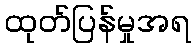
ထုတ်ပြန်မှုအရ